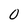
Character: 0